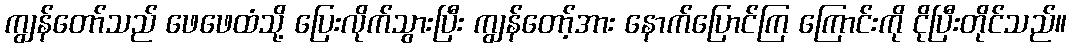
ကျွန်တော်သည် ဖေဖေထံသို့ ပြေးလိုက်သွားပြီး ကျွန်တော့်အား နောက်ပြောင်ကြ ကြောင်းကို ငိုပြီးတိုင်သည်။